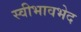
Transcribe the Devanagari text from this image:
स्वीभावभेद